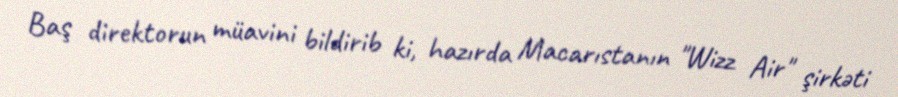
Baş direktorun müavini bildirib ki, hazırda Macarıstanın "Wizz Air" şirkəti